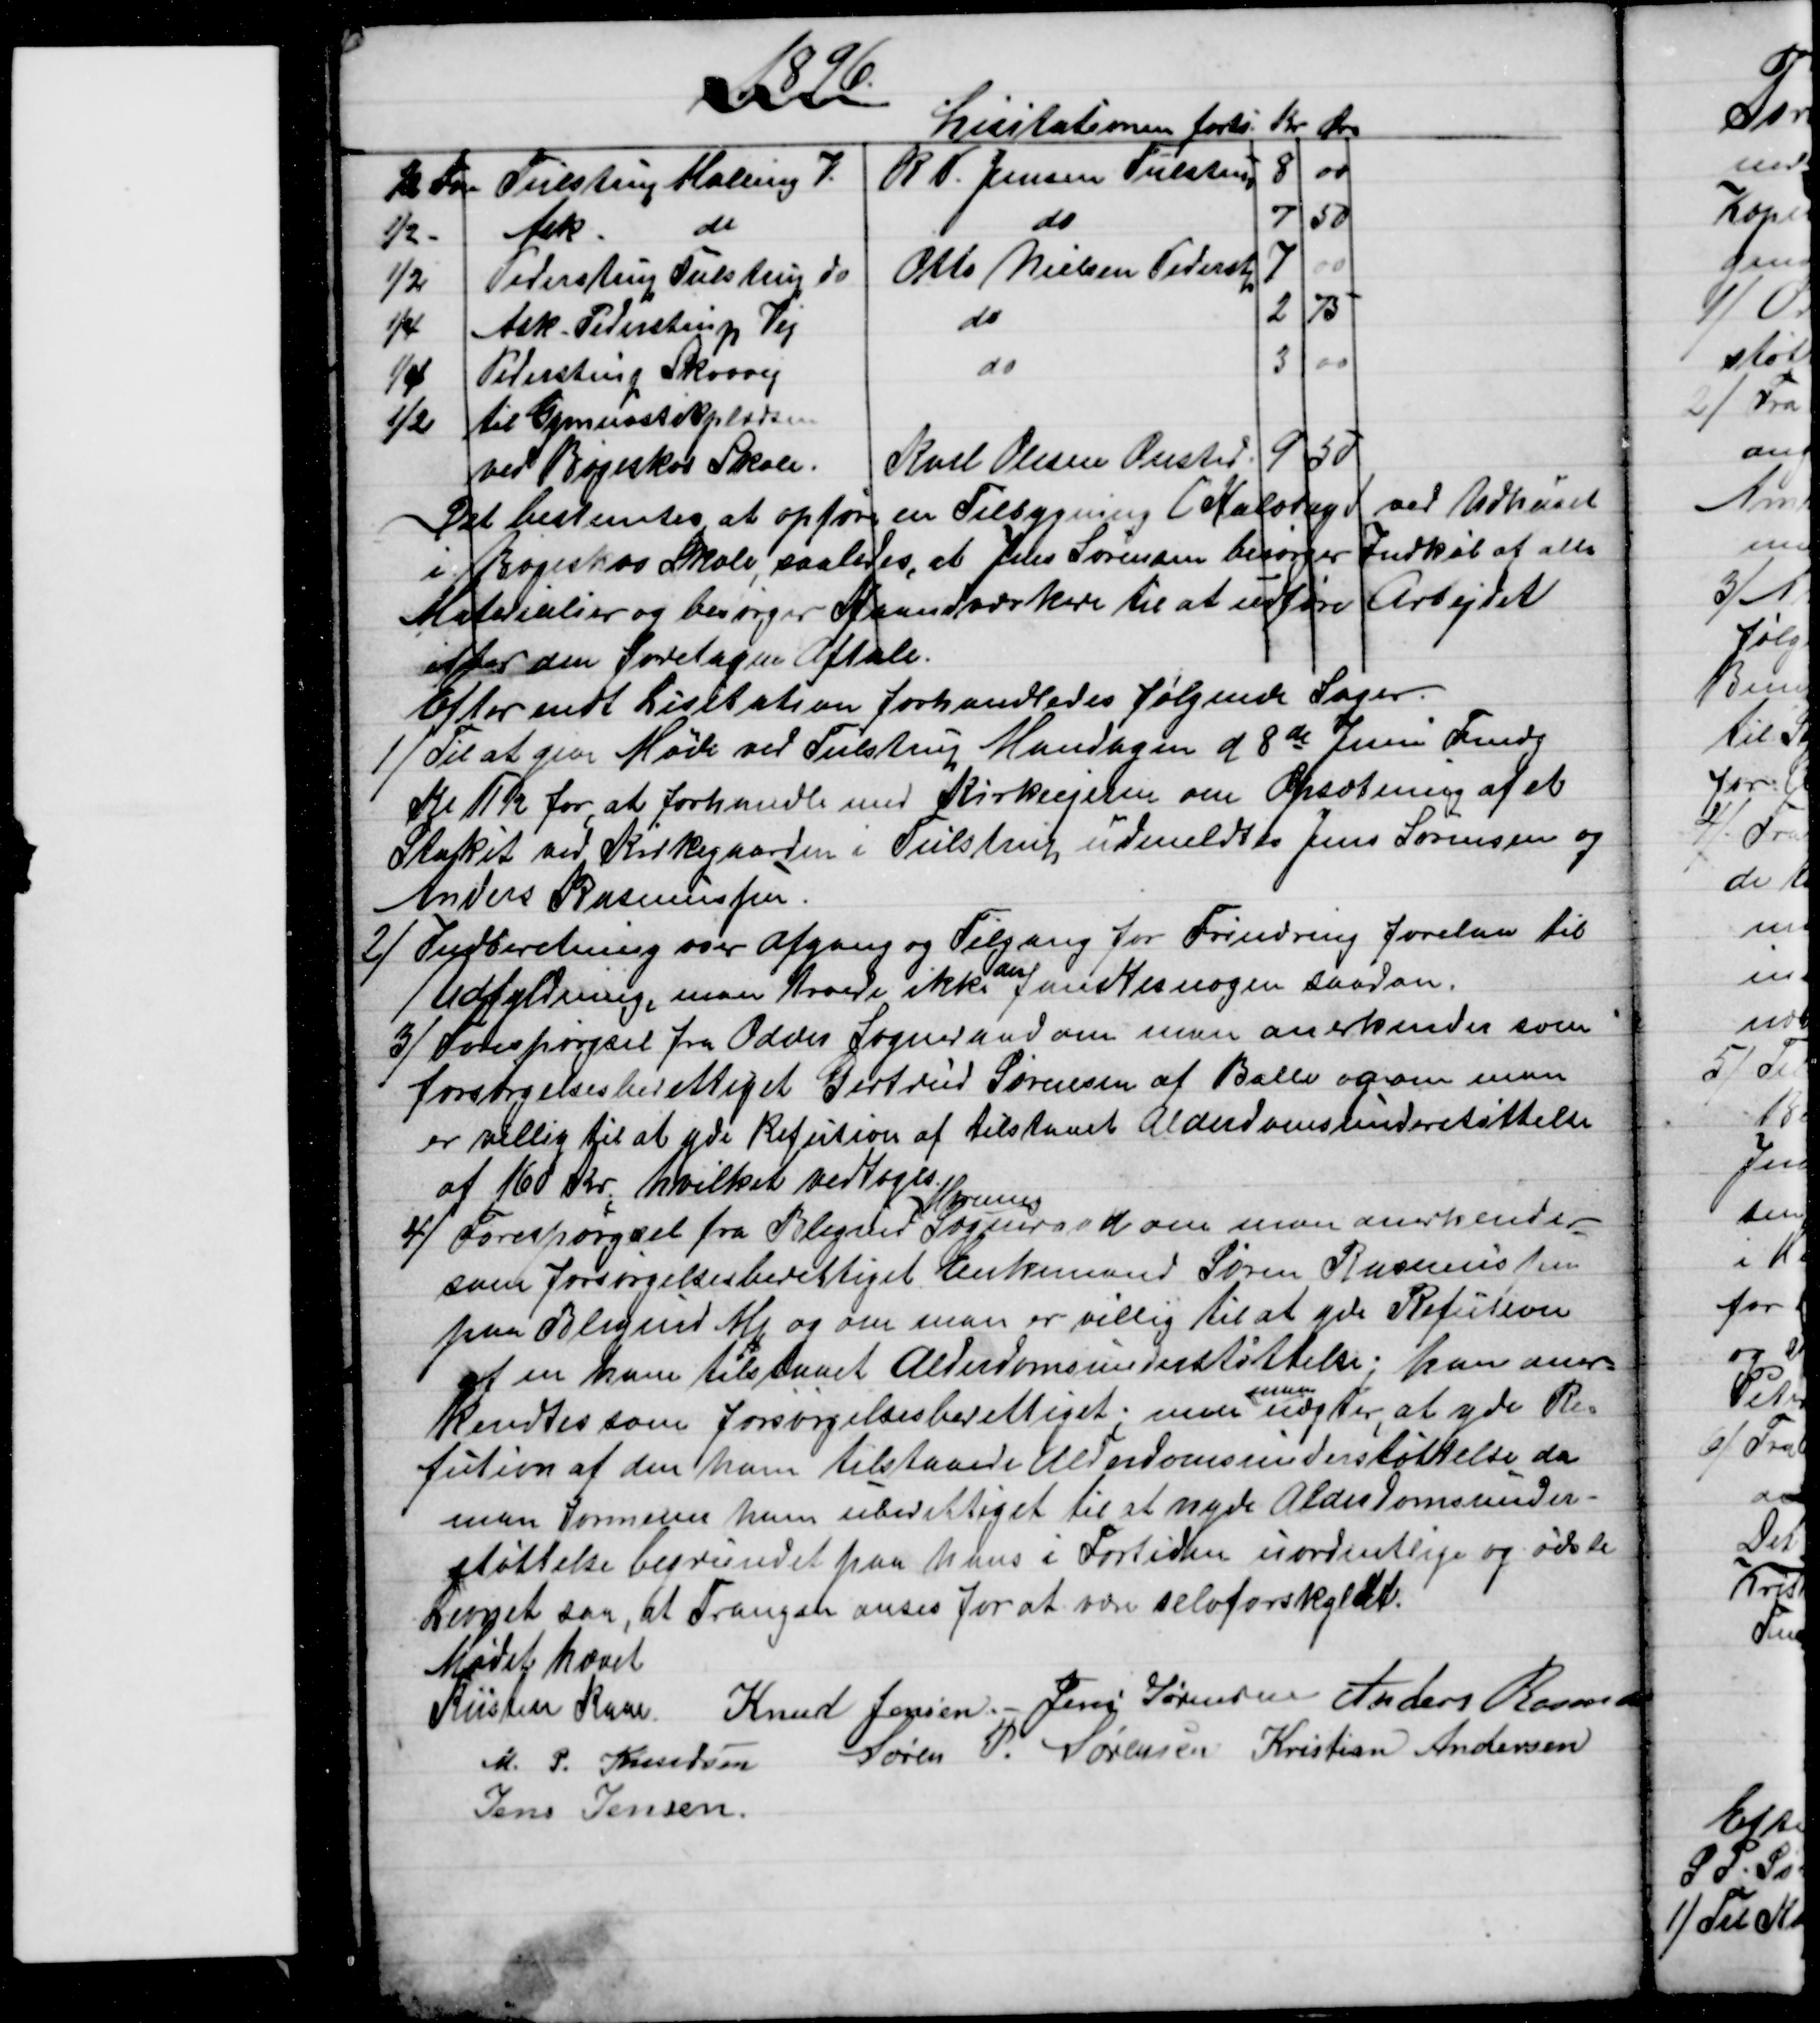
Transskription:
1896.
Licitationen forts
Kr 
Øre
½ Fvn
Tulstrup Malling V.
R. P. Jensen Tulstrup
8
00
½ -
Ask
do
do
7
50
½
Pederstrup Tulstrup do
Otto Nielsen Pederstp
7
00
¼
Ask- Pederstrup Vej
do
2
75
¼
Pederstrup Skovvej
do
3
00
½
til Gymnastikpladsen
ved Bøgeskov Skole.
Karl Olesen Onsted
9
50
Det bestemtes at opføre en Tilbygning (Halvtag) ved Udhuset
i Bøgeskov Skole, saaledes, at Jens Sørensen besørger Indkøb af alle
Materialier og besørger Haandværkere til at udføre Arbejdet
efter den foretagne Aftale.
Efter endt Lisitation forhandledes følgende Sager.
1) 
Til at give Møde ved Tulstrup Mandagen d 8de Juni Fmdg
Kl 11½ Kr for, at forhandle med Kirkeejeren om Opsætning af et
Stakit ved Kirkegaarden i Tulstrup, udmeldtes Jens Sørensen og
Anders Rasmussen.
2)
Indberetning over Afgang og Tilgang for Frindring forelaa til
Udfyldning, man troede ikke 
der
fandtes nogen saadan.
3)
Forespørgsel fra Odder Sogneraad om man anerkender som
forsørgelsesberettiget Gertrud Sørensen af Balle og om man
er villig til at yde Refusion af tilstaaet Alderdomsunderstøttelse
af 160 Kr., hvilket vedtoges
4)
Forespørgsel fra Blegind 
Hørning
Sogneraad om man anerkender
som forsørgelsesberettiget Enkemand Søren Rasmussen
paa Blegind Mk og om man er villig til at yde Refution
af en ham tilstaaet Alderdomsunderstøttelse; han aner-
kendtes som forsørgelsesberettiget; men 
man
nægter, at yde Re-
fution af den ham tilstaaede Alderdomsunderstøttelse da
man formener ham uberettiget til at nyde Alderdomsunder-
støttelse begrundet paa hans i Fortiden uordentlige og ødsle
Levned saa, at Trangen anses for at være selvforskyldt.
Mødet hævet
Kristen Kaae
Knud Jensen. - Jens Sørensen  Anders Rasmussen
M. P. Knudsen Søren P. Sørensen Kristian Andersen
Jens Jensen.